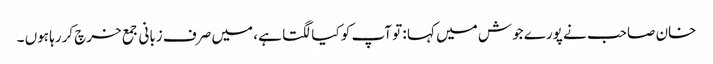
خان صاحب نے پورے جوش میں کہا : تو آپ کو کیا لگتا ہے ، میں صرف زبانی جمع خرچ کررہا ہوں ۔